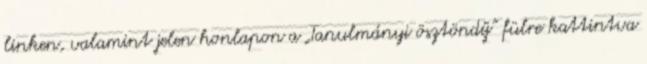
linken, valamint jelen honlapon a „Tanulmányi ösztöndíj” fülre kattintva